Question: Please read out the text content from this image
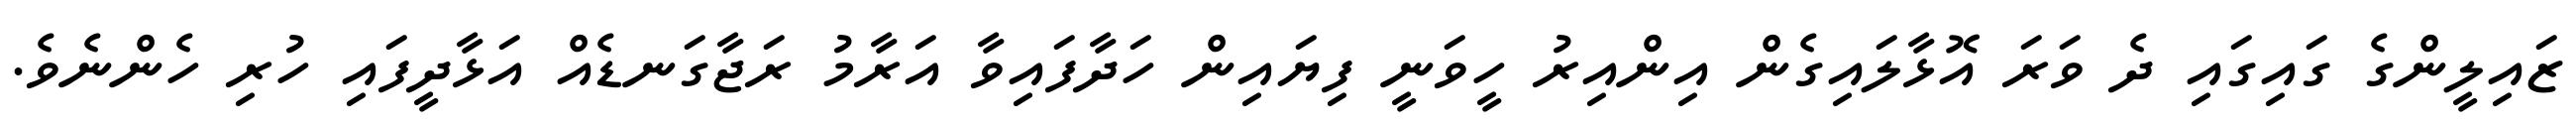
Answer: ޒައިލީންގެ ގައިގައި ދެ ވަރަ އޮޅާލައިގެން އިންއިރު ހީވަނީ ފިޔައިން ހަދާފައިވާ އަރާމު ރަޖާގަނޑެއް އަޅާދީފައި ހުރި ހެންނެވެ.